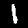
Label: 1